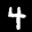
Label: 4